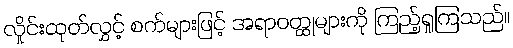
လှိုင်းထုတ်လွှင့် စက်များဖြင့် အရာဝတ္ထုများကို ကြည့်ရှုကြသည်။